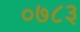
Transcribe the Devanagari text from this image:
०७८३